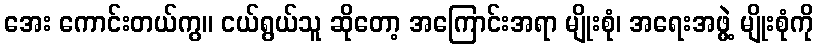
အေး ကောင်းတယ်ကွ။ ငယ်ရွယ်သူ ဆိုတော့ အကြောင်းအရာ မျိုးစုံ၊ အရေးအဖွဲ့ မျိုးစုံကို